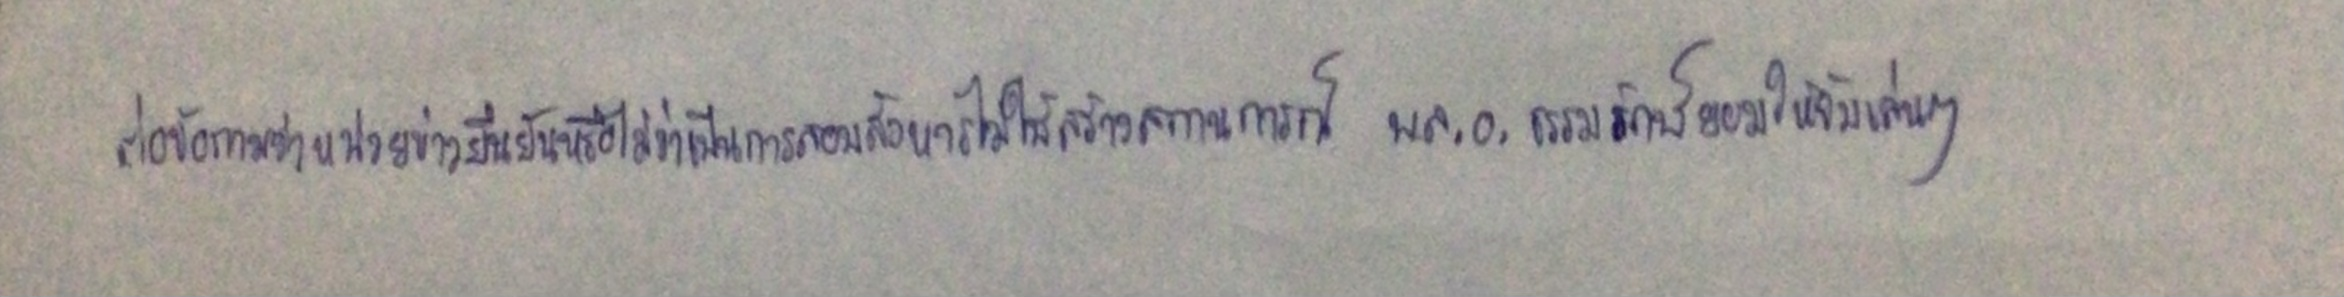
ต่อข้อถามว่าหน่วยข่าวยืนยันหรือไม่ว่าเป็นการลอบสังหารไม่ใช่สร้างสถานการณ์พล.อ.ธรรมรักษ์ยอมให้จับเล่นๆ